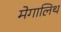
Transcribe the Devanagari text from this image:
मेगालिथ